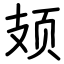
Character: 𫠆